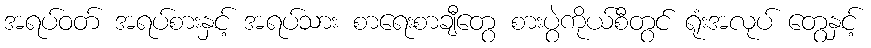
အရပ်ဝတ် အရပ်စားနှင့် အရပ်သား စာရေးစာချီတွေ စားပွဲကိုယ်စီတွင် ရုံးအလုပ် တွေနှင့်